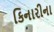
કિનારીના